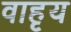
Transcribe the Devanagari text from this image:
वाहृय